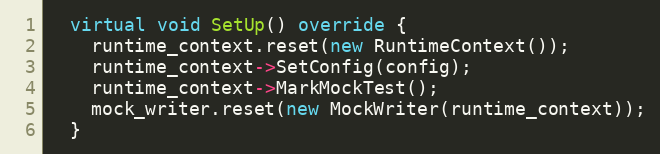
Language: C++
  virtual void SetUp() override {
    runtime_context.reset(new RuntimeContext());
    runtime_context->SetConfig(config);
    runtime_context->MarkMockTest();
    mock_writer.reset(new MockWriter(runtime_context));
  }